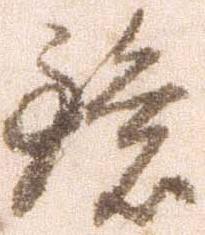
鏡